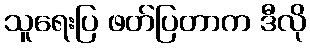
သူရေးပြ ဖတ်ပြတာက ဒီလို